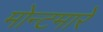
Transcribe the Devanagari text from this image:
मोन्टमारे